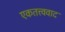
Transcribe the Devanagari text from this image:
एकतत्त्ववाद